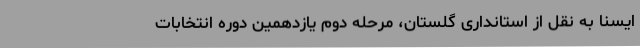
ایسنا به نقل از استانداری گلستان، مرحله دوم یازدهمین دوره انتخابات